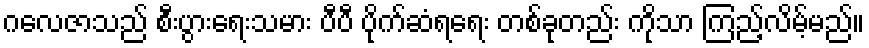
ဂလေဇာသည် စီးပွားရေးသမား ပီပီ ပိုက်ဆံရရေး တစ်ခုတည်း ကိုသာ ကြည့်လိမ့်မည်။